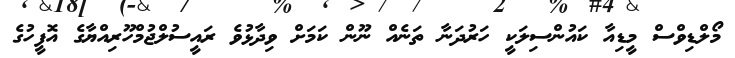
މޯލްޑިވްސް މީޑިއާ ކައުންސިލަކީ ހަރުދަނާ ތަނެއް ނޫން ކަމަށް ވިދާޅުވެ ރައީސުލްޖުމްހޫރިއްޔާގެ އޮފީހުގެ